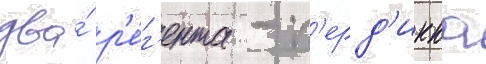
два́ р'е́г'ента - п'ерд'икка